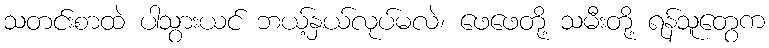
သတင်းစာထဲ ပါသွားယင် ဘယ့်နှယ်လုပ်မလဲ၊ ဖေဖေတို့ သမီးတို့ ရန်သူတွေက